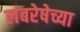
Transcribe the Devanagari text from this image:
लंबरेषेच्या